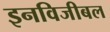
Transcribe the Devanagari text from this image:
इनविजीबल